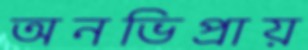
অনভিপ্রায়